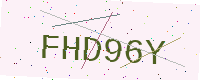
Text: FHD96Y